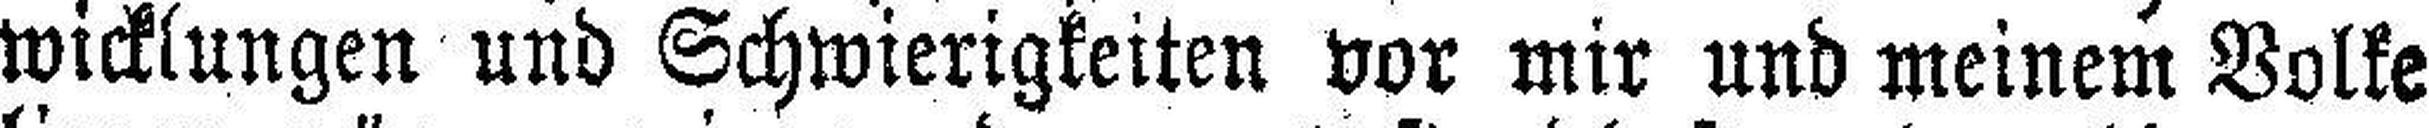
wicklungen und Schwierigkeiten vor mir und meinem Volke